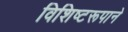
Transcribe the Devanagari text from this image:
विशिष्टरूपाने